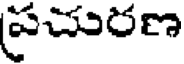
ప్రచురణ